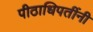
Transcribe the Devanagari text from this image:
पीठाधिपतींनी